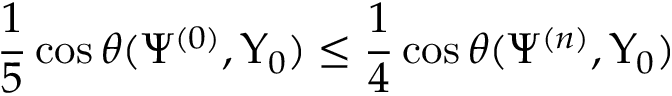
\frac { 1 } { 5 } \cos \theta ( \Psi ^ { ( 0 ) } , \Upsilon _ { 0 } ) \leq \frac { 1 } { 4 } \cos \theta ( \Psi ^ { ( n ) } , \Upsilon _ { 0 } )